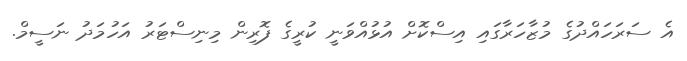
އެ ސަރަހައްދުގެ މުޒާހަރާގައި އިސްކޮށް އުޅުއްވަނީ ކުރީގެ ފޮރިން މިނިސްޓަރު އަހުމަދު ނަސީމް.